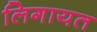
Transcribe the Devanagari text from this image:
लिगायत